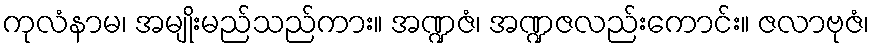
ကုလံနာမ၊ အမျိုးမည်သည်ကား။ အဏ္ဍဇံ၊ အဏ္ဍဇလည်းကောင်း။ ဇလာဗုဇံ၊